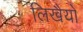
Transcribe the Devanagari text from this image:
लिखैयों